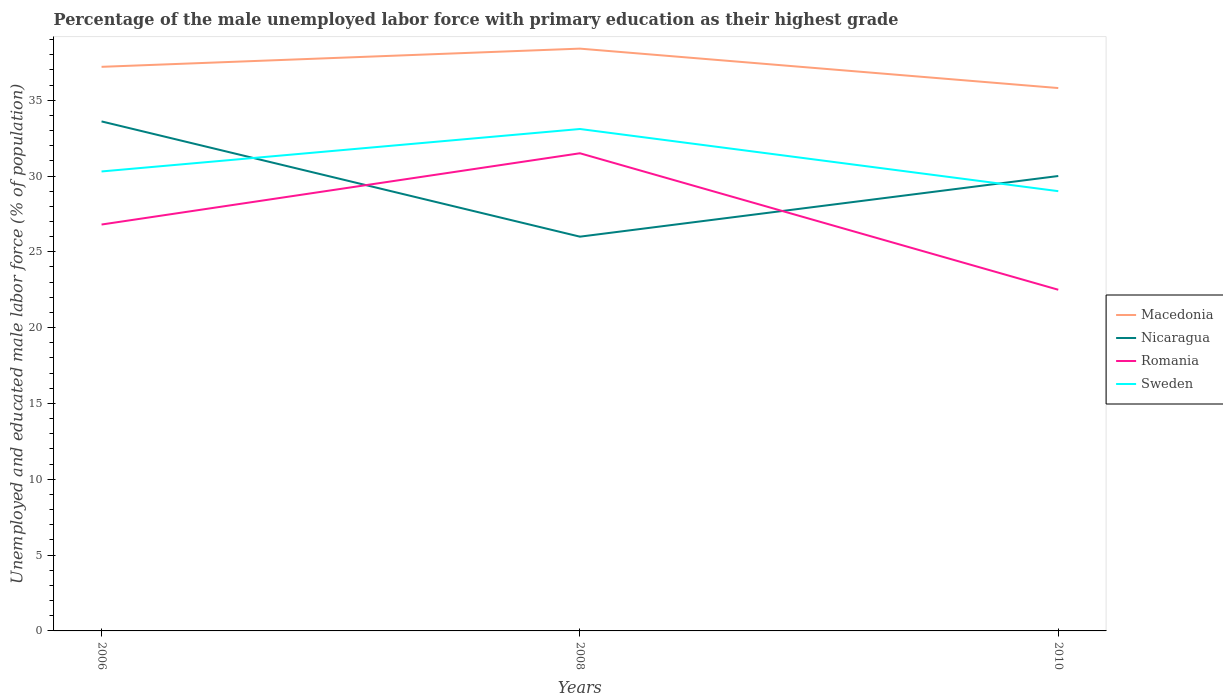
| Years | Macedonia | Nicaragua | Romania | Sweden |
 | --- | --- | --- | --- | --- |
 | 2006 | 37.2 | 33.6 | 26.8 | 30.3 |
 | 2008 | 38.4 | 26 | 31.5 | 33.1 |
 | 2010 | 35.8 | 30 | 22.5 | 29 |